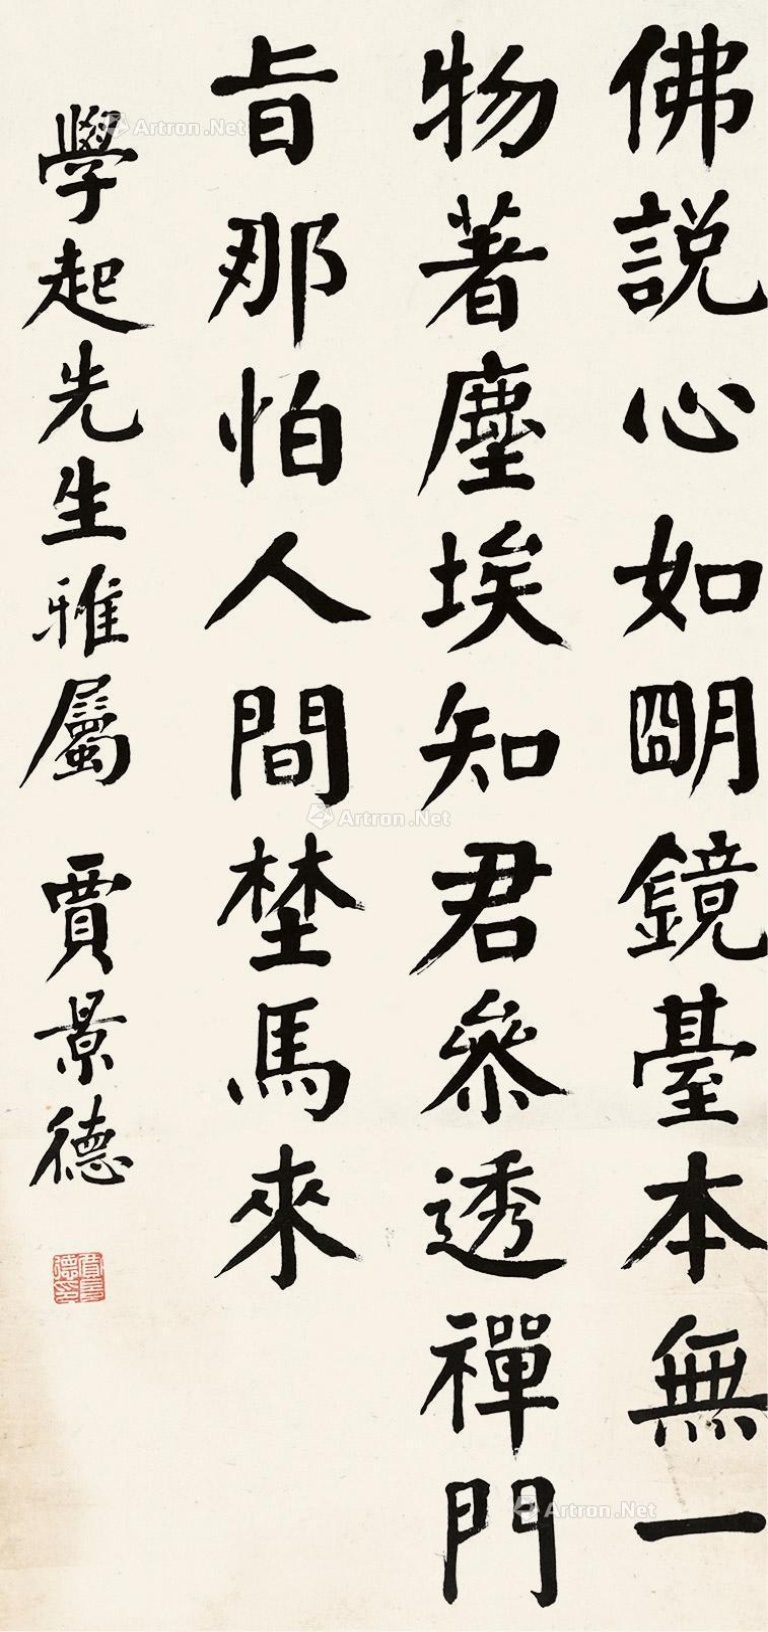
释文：佛说心如明镜台，本无一物着尘埃。知君参透禅门时，那怕人间埜马来。学起先生雅属，贾景德。